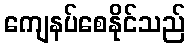
ကျေနပ်စေနိုင်သည်